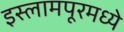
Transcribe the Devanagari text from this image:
इस्लामपूरमध्ये